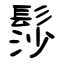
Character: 髿